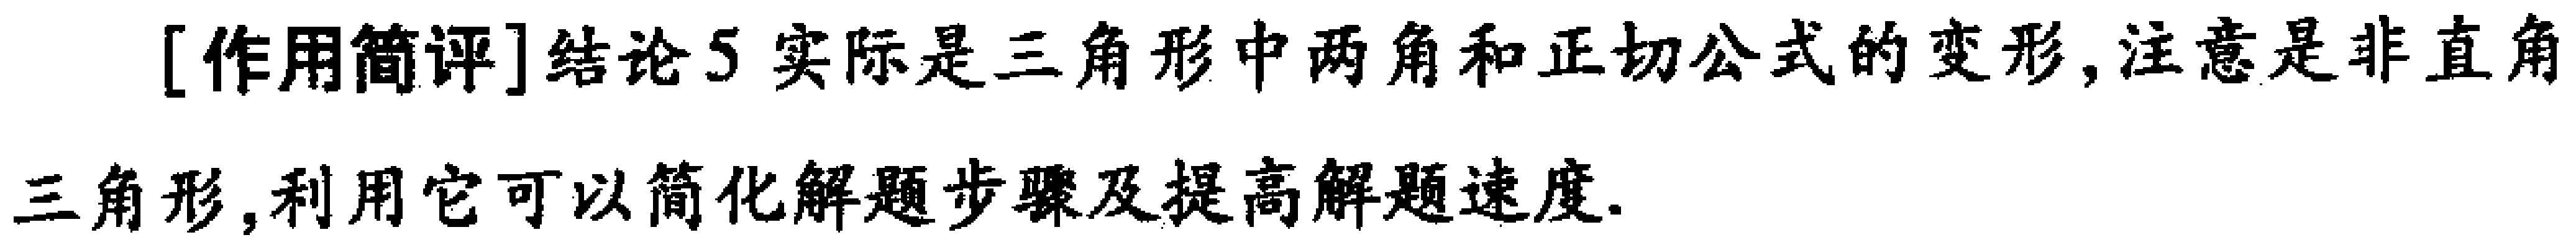
[作用简评]结论5 实际是三角形中两角和正切公式的变形, 注意是非直角三角形, 利用它可以简化解题步骤及提高解题速度.